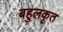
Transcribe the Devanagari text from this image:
बहुलकृत